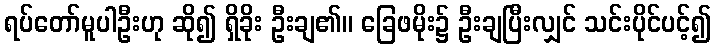
ရပ်တော်မူပါဦးဟု ဆို၍ ရှိခိုး ဦးချ၏။ ခြေဖမိုး၌ ဦးချပြီးလျှင် သင်းပိုင်ပင့်၍